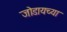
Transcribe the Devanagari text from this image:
जोडायच्या